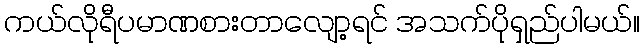
ကယ်လိုရီပမာဏစားတာလျော့ရင် အသက်ပိုရှည်ပါမယ်။